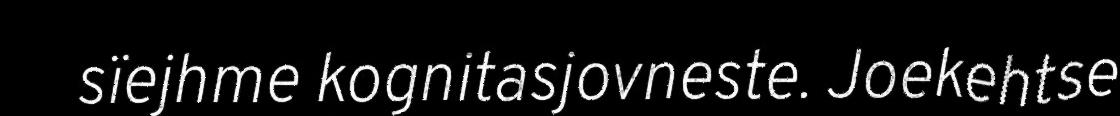
sïejhme kognitasjovneste. Joekehtse